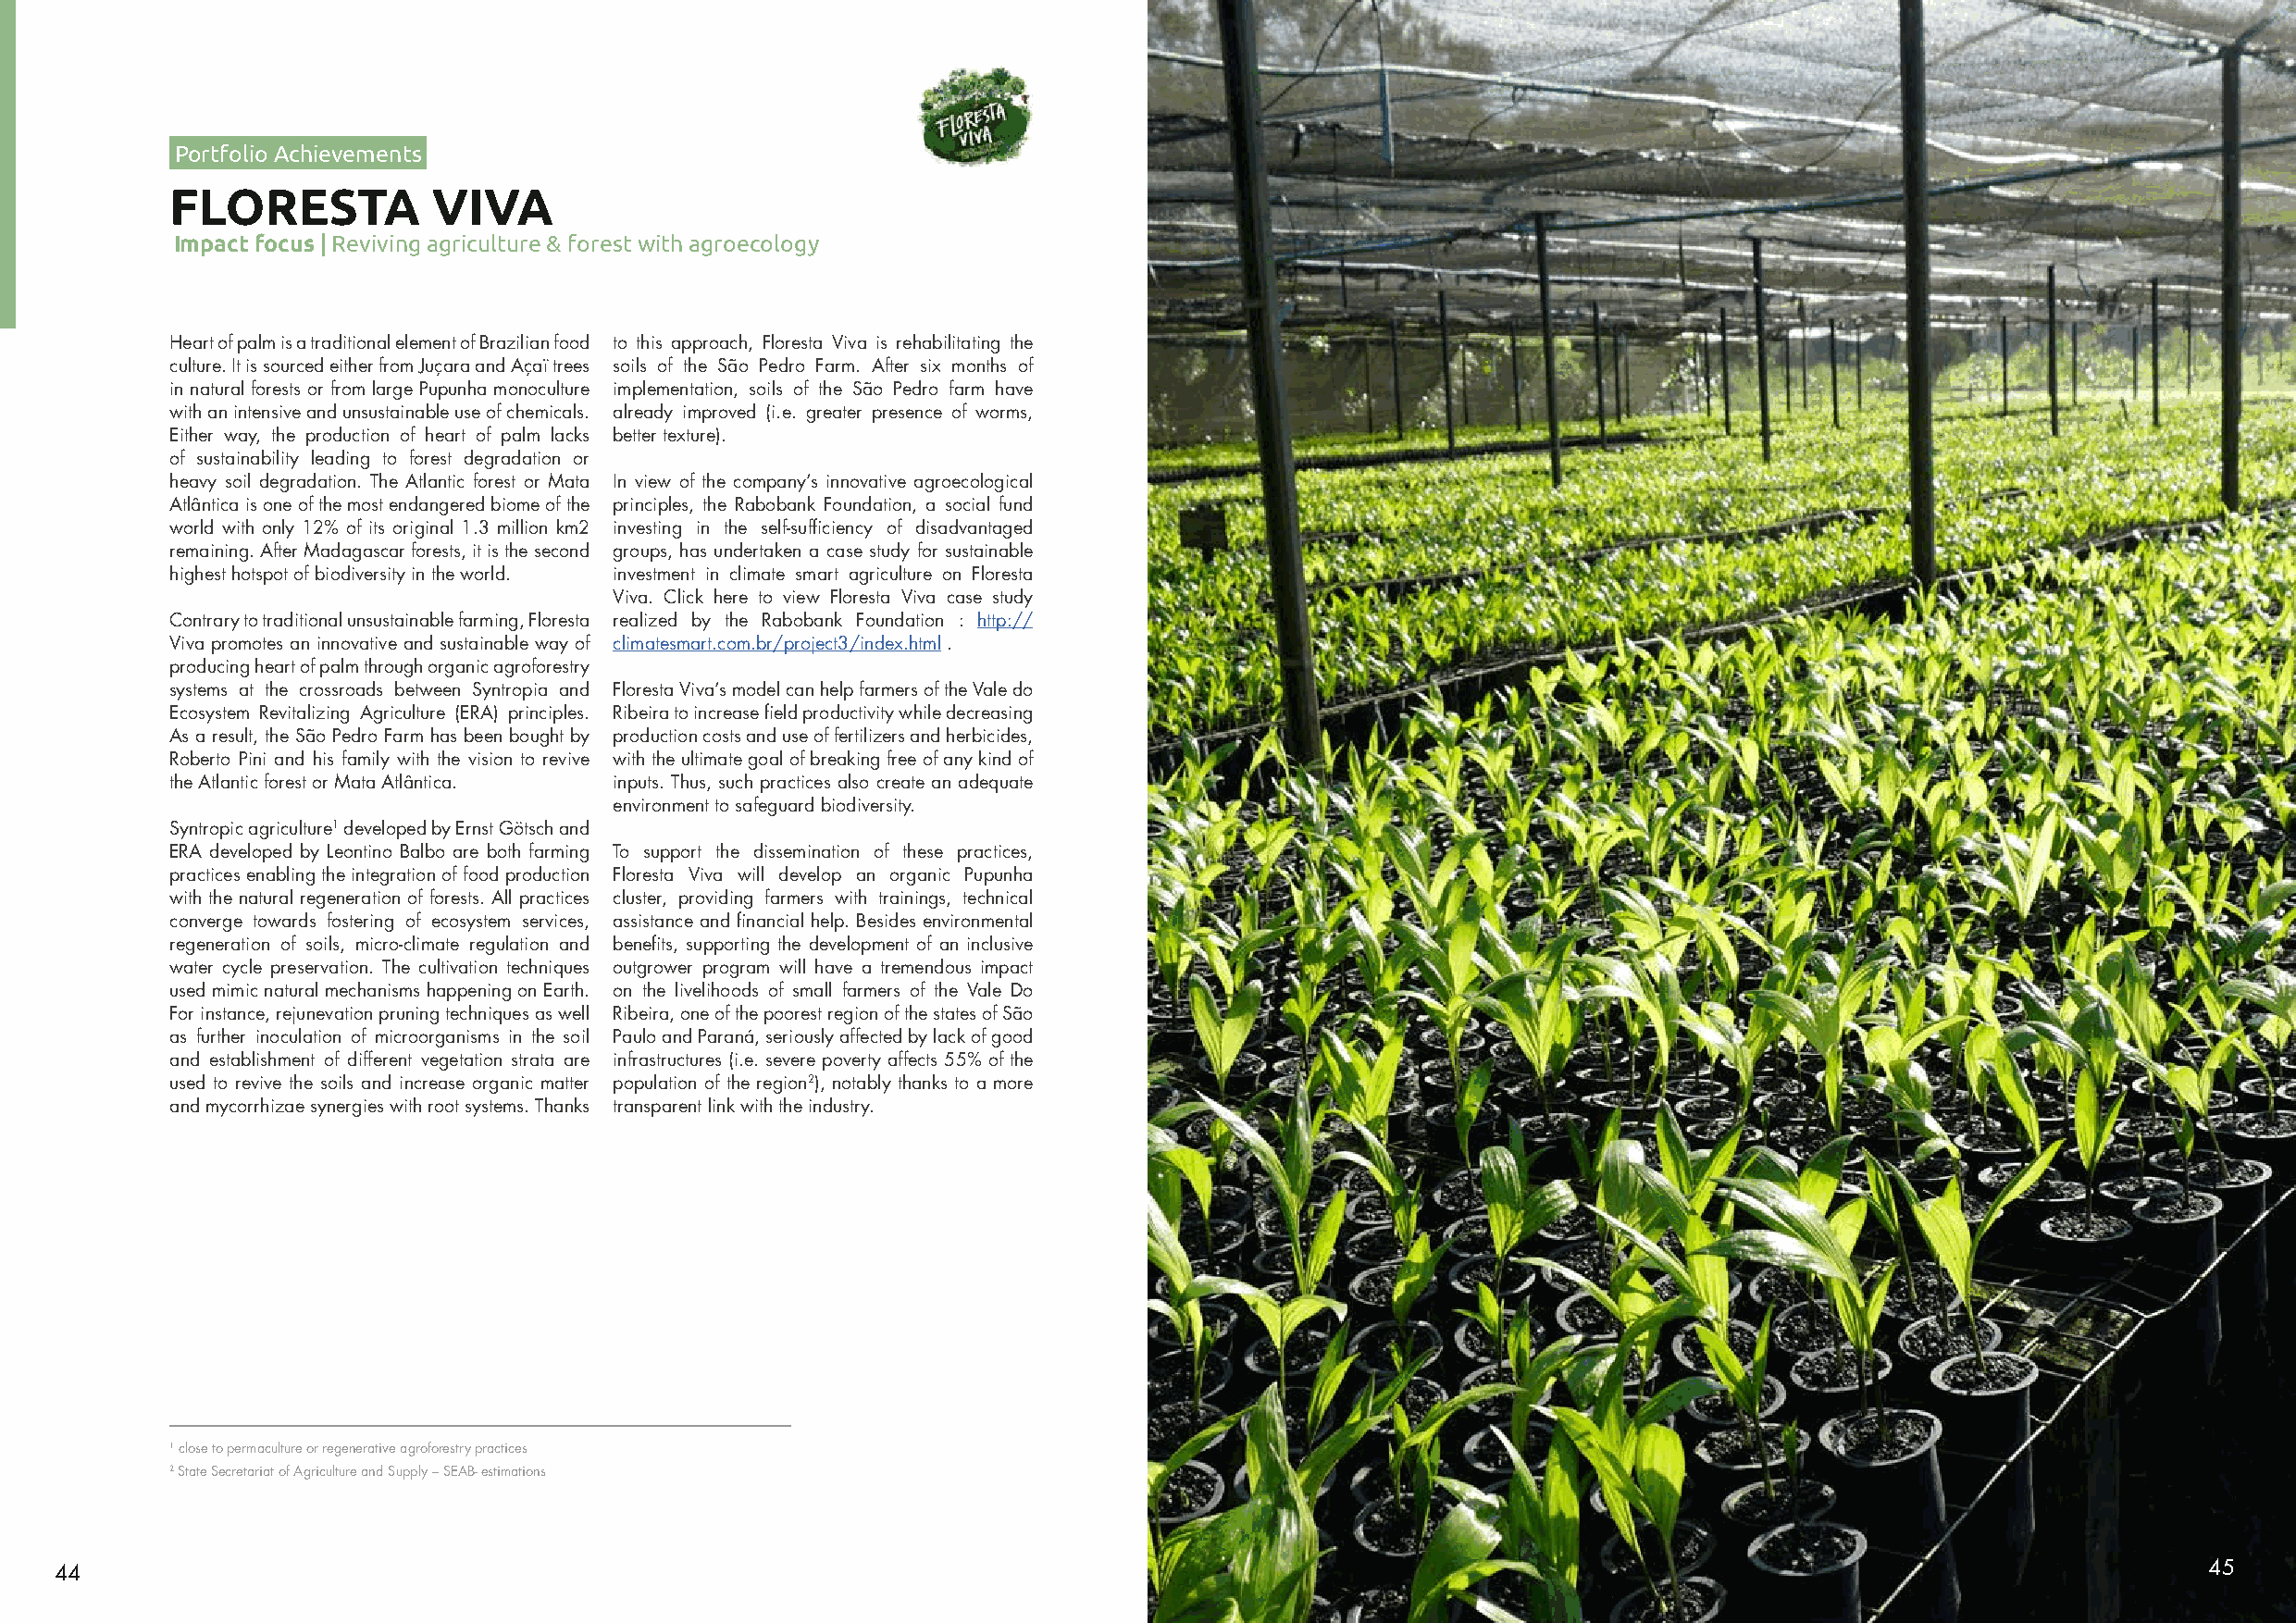
Portfolio Achievements
 FLORESTA           VIVA
 Impact focus | Reviving agriculture & forest with agroecology
 Heart of palm is a traditional element of Brazilian food to this approach, Floresta Viva is rehabilitating the
 culture. It is sourced either from Juçara and Açaï trees soils of the São Pedro Farm. After six months of
 in natural forests or from large Pupunha monoculture implementation, soils of the São Pedro farm have
 with an intensive and unsustainable use of chemicals. already improved (i.e. greater presence of worms,
 Either way, the production of heart of palm lacks better texture).
 of sustainability leading to forest degradation or
 heavy soil degradation. The Atlantic forest or Mata In view of the company’s innovative agroecological
 Atlântica is one of the most endangered biome of the principles, the Rabobank Foundation, a social fund
 world with only 12% of its original 1.3 million km2 investing in the self-sufficiency of disadvantaged
 remaining. After Madagascar forests, it is the second groups, has undertaken a case study for sustainable
 highest hotspot of biodiversity in the world. investment in climate smart agriculture on Floresta
 Viva. Click here to view Floresta Viva case study
 Contrary to traditional unsustainable farming, Floresta realized by the Rabobank Foundation : http://
 Viva promotes an innovative and sustainable way of climatesmart.com.br/project3/index.html .
 producing heart of palm through organic agroforestry
 systems at the crossroads between Syntropia and Floresta Viva’s model can help farmers of the Vale do
 Ecosystem Revitalizing Agriculture (ERA) principles. Ribeira to increase field productivity while decreasing
 As a result, the São Pedro Farm has been bought by production costs and use of fertilizers and herbicides,
 Roberto Pini and his family with the vision to revive with the ultimate goal of breaking free of any kind of
 the Atlantic forest or Mata Atlântica. inputs. Thus, such practices also create an adequate
 environment to safeguard biodiversity.
 Syntropic agriculture1 developed by Ernst Götsch and
 ERA developed by Leontino Balbo are both farming To support the dissemination of these practices,
 practices enabling the integration of food production Floresta Viva will develop an organic Pupunha
 with the natural regeneration of forests. All practices cluster, providing farmers with trainings, technical
 converge towards fostering of ecosystem services, assistance and financial help. Besides environmental
 regeneration of soils, micro-climate regulation and benefits, supporting the development of an inclusive
 water cycle preservation. The cultivation techniques outgrower program will have a tremendous impact
 used mimic natural mechanisms happening on Earth. on the livelihoods of small farmers of the Vale Do
 For instance, rejunevation pruning techniques as well Ribeira, one of the poorest region of the states of São
 as further inoculation of microorganisms in the soil Paulo and Paraná, seriously affected by lack of good
 and establishment of different vegetation strata are infrastructures (i.e. severe poverty affects 55% of the
 used to revive the soils and increase organic matter population of the region2), notably thanks to a more
 and mycorrhizae synergies with root systems. Thanks transparent link with the industry.
 1 close to permaculture or regenerative agroforestry practices
 2 State Secretariat of Agriculture and Supply – SEAB- estimations
 44                                                                                                                                                        45